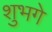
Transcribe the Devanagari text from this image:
शुभगे